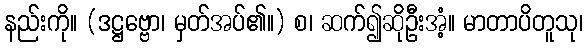
နည်းကို။ (ဒဋ္ဌဗ္ဗော၊ မှတ်အပ်၏။) စ၊ ဆက်၍ဆိုဦးအံ့။ မာတာပိတူသု၊